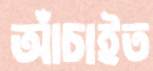
আঁচাইত